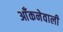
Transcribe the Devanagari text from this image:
आँकनेवाली